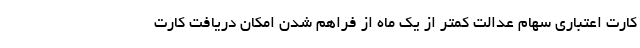
کارت اعتباری سهام عدالت کمتر از یک ماه از فراهم شدن امکان دریافت کارت